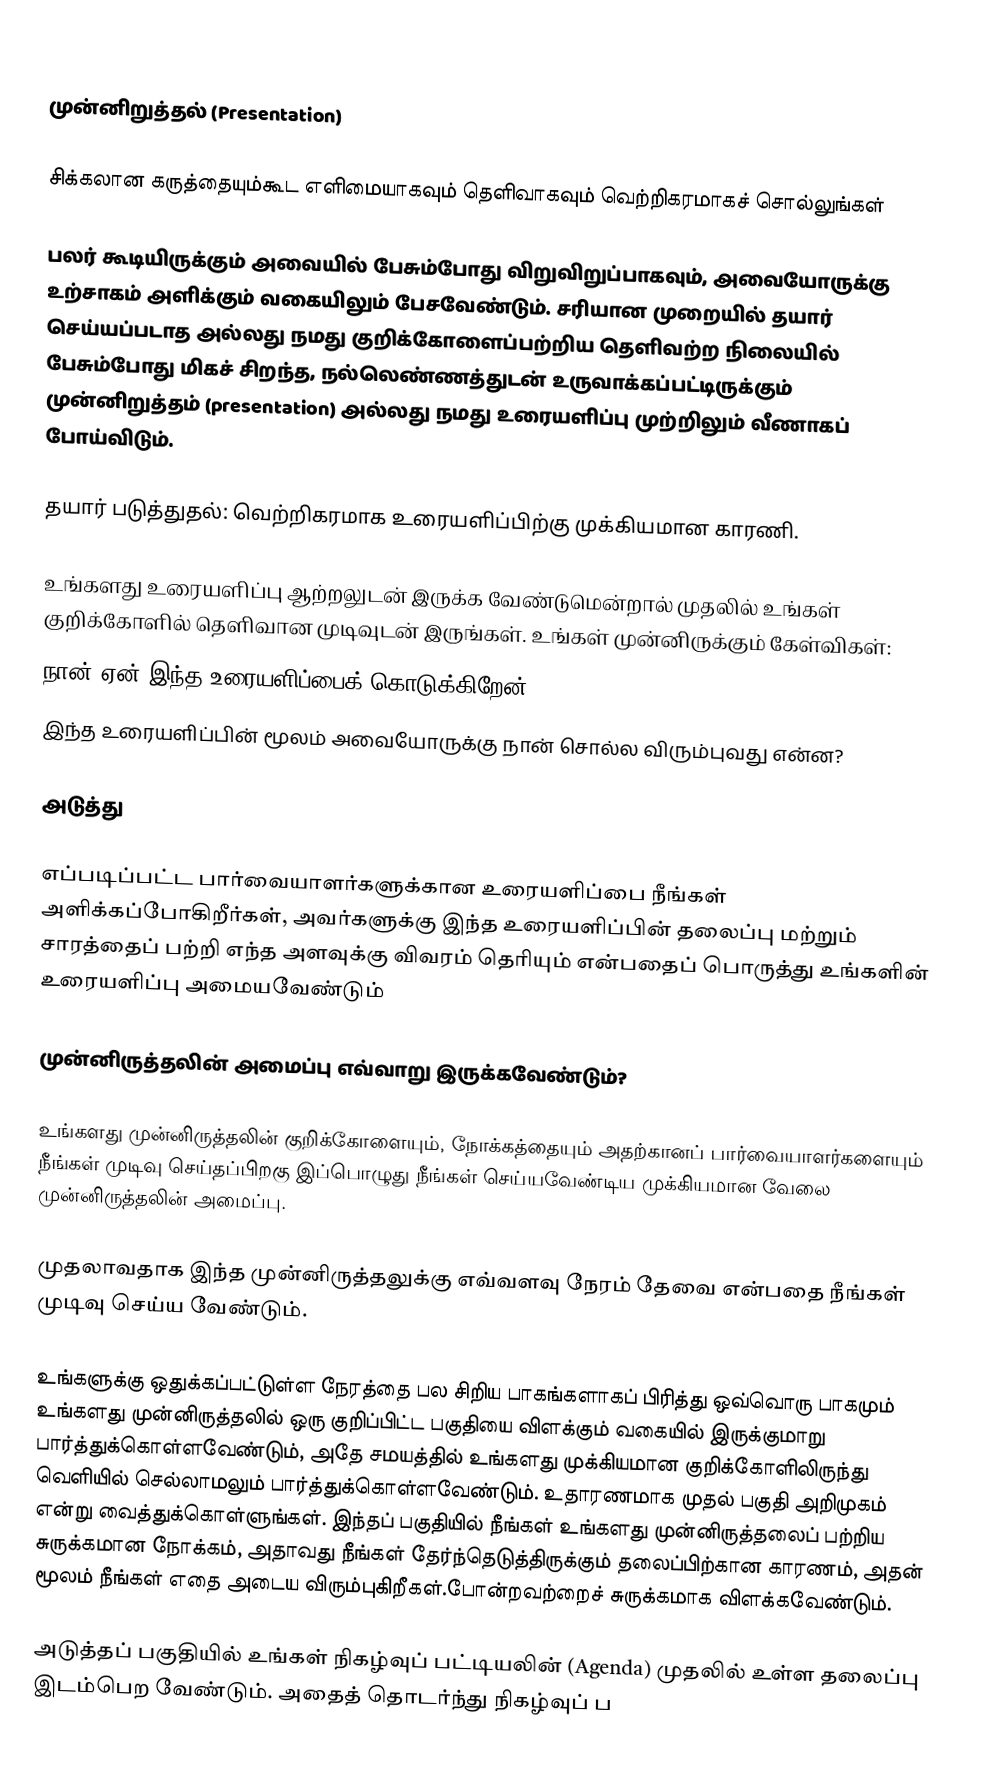

முன்னிறுத்தல் (Presentation)

சிக்கலான கருத்தையும்கூட எளிமையாகவும் தெளிவாகவும் வெற்றிகரமாகச் சொல்லுங்கள்

பலர் கூடியிருக்கும் அவையில் பேசும்போது விறுவிறுப்பாகவும், அவையோருக்கு உற்சாகம் அளிக்கும் வகையிலும் பேசவேண்டும். சரியான முறையில் தயார் செய்யப்படாத அல்லது நமது குறிக்கோளைப்பற்றிய தெளிவற்ற நிலையில் பேசும்போது மிகச் சிறந்த, நல்லெண்ணத்துடன் உருவாக்கப்பட்டிருக்கும் முன்னிறுத்தம் (presentation) அல்லது நமது உரையளிப்பு முற்றிலும் வீணாகப் போய்விடும்.

தயார் படுத்துதல்: வெற்றிகரமாக உரையளிப்பிற்கு முக்கியமான காரணி.

உங்களது உரையளிப்பு ஆற்றலுடன் இருக்க வேண்டுமென்றால் முதலில் உங்கள் குறிக்கோளில் தெளிவான முடிவுடன் இருங்கள். உங்கள் முன்னிருக்கும் கேள்விகள்:
  நான் ஏன் இந்த உரையளிப்பைக் கொடுக்கிறேன்?
  இந்த உரையளிப்பின் மூலம் அவையோருக்கு நான் சொல்ல விரும்புவது என்ன?

அடுத்து

எப்படிப்பட்ட பார்வையாளர்களுக்கான உரையளிப்பை நீங்கள் அளிக்கப்போகிறீர்கள், அவர்களுக்கு இந்த உரையளிப்பின் தலைப்பு மற்றும் சாரத்தைப் பற்றி எந்த அளவுக்கு விவரம் தெரியும் என்பதைப் பொருத்து உங்களின் உரையளிப்பு அமையவேண்டும்

முன்னிருத்தலின் அமைப்பு எவ்வாறு இருக்கவேண்டும்?

உங்களது முன்னிருத்தலின் குறிக்கோளையும், நோக்கத்தையும் அதற்கானப் பார்வையாளர்களையும் நீங்கள் முடிவு செய்தப்பிறகு இப்பொழுது நீங்கள் செய்யவேண்டிய முக்கியமான வேலை முன்னிருத்தலின் அமைப்பு.

முதலாவதாக இந்த முன்னிருத்தலுக்கு எவ்வளவு நேரம் தேவை என்பதை நீங்கள் முடிவு செய்ய வேண்டும்.

உங்களுக்கு ஒதுக்கப்பட்டுள்ள நேரத்தை பல சிறிய பாகங்களாகப் பிரித்து ஒவ்வொரு பாகமும் உங்களது முன்னிருத்தலில் ஒரு குறிப்பிட்ட பகுதியை விளக்கும் வகையில் இருக்குமாறு பார்த்துக்கொள்ளவேண்டும், அதே சமயத்தில் உங்களது முக்கியமான குறிக்கோளிலிருந்து வெளியில் செல்லாமலும் பார்த்துக்கொள்ளவேண்டும். உதாரணமாக முதல் பகுதி அறிமுகம் என்று வைத்துக்கொள்ளுங்கள். இந்தப் பகுதியில் நீங்கள் உங்களது முன்னிருத்தலைப் பற்றிய சுருக்கமான நோக்கம், அதாவது நீங்கள் தேர்ந்தெடுத்திருக்கும் தலைப்பிற்கான காரணம், அதன் மூலம் நீங்கள் எதை அடைய விரும்புகிறீகள்.போன்றவற்றைச் சுருக்கமாக விளக்கவேண்டும்.

அடுத்தப் பகுதியில் உங்கள் நிகழ்வுப் பட்டியலின் (Agenda) முதலில் உள்ள தலைப்பு இடம்பெற வேண்டும். அதைத் தொடர்ந்து நிகழ்வுப் ப